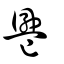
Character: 𠨨